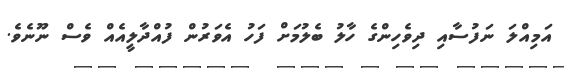
އަމިއްލަ ނަފުސާއި ދިވެހިންގެ ހާލު ބެލުމަށް ފަހު އެވަރުން ފުއްދާލީއެއް ވެސް ނޫނެވެ.